Indian journal of veterinary science and animal husbandry - Volumes 22-23, 1952-1953
Year: 1952
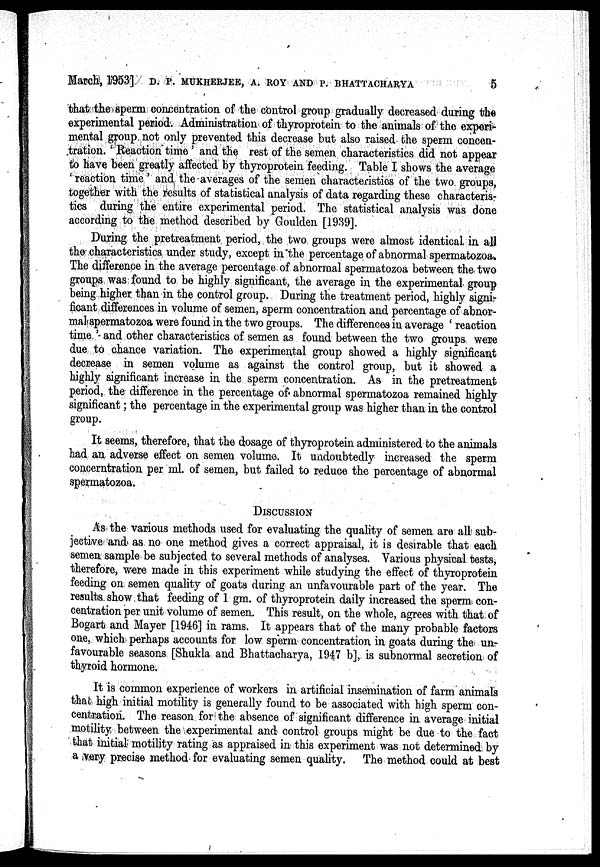
March, 1953]. D. P. MUKHERJEE, A. ROY AND P. BHATTACHARYA 5
that the sperm concentration of the control group gradually decreased during the
experimental period. Administration of thyroprotein to the animals of the exper-
mental group not only prevented this decrease but also raised the sperm concen-
tration. ' Reaction time ' and the rest of the semen characteristics did not appear
to have been greatly affected by thyroprotein feeding. Table I shows the average
' reaction time, ' and, the averages of the semen characteristics of the two groups,
together with the results of statistical analysis of data regarding these characteris-
tics during the entire experimental period. The statistical analysis was done
according to the method described by Goulden [1939].
During the pretreatment period, the two, groups were almost identical in all
the characteristics under study, except in the percentage of abnormal spermatozoa.
The difference in the average percentage of abnormal spermatozoa between the two
groups was found to be highly significant, the average in the experimental group
being higher than in the control group. During the treatment period, highly signi-
ficant differences in volume of semen, sperm concentration and percentage of abnor-
mal spermatozoa were found in the two groups. The differences in average ' reaction
time ' and other characteristics of semen as found between the two groups were
due to chance variation. The experimental group showed a highly significant
decrease in semen volume as against the control group, but it showed a
highly significant increase in the sperm concentration. As in the pretreatment
period, the difference in the percentage of abnormal spermatozoa remained highly
significant ; the percentage in the experimental group was higher than in the control
group.
It seems, therefore, that the dosage of thyroprotein administered to the animals
had an adverse effect on semen volume. It undoubtedly increased the sperm
concerntration per ml. of semen, but failed to reduce the percentage of abnormal
spermatozoa.
DISCUSSION
As the various methods used for evaluating the quality of semen are all sub-
jective and as no one method gives a correct appraisal, it is desirable that each
semen sample be subjected to several methods of analyses. Various physical tests,
therefore, were made in this experiment while studying the effect of thyroprotein
feeding on semen quality of goats during an unfavourable part of the year. The
results show that feeding of 1 gm. of thyroprotein daily increased the sperm con-
centration per unit volume of semen. This result, on the whole, agrees with that of
Bogart and Mayer [1946] in rams. It appears that of the many probable factors
one, which perhaps accounts for low sperm concentration in goats during the un-
favourable seasons [Shukla and Bhattacharya, 1947 b], is subnormal secretion of
thyroid hormone.
It is common experience of workers in artificial insemination of farm animals
that high initial motility is generally found to be associated with high sperm con-
centration. The reason for the absence of significant difference in average initial
motility between the experimental and control groups might be due to the fact
that initial motility rating as appraised in this experiment was not determined by
a very precise method for evaluating semen quality. The method could at best